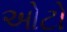
ઓટો